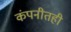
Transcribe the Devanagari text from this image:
कंपनीतही